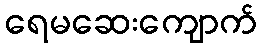
ရေမဆေးကျောက်